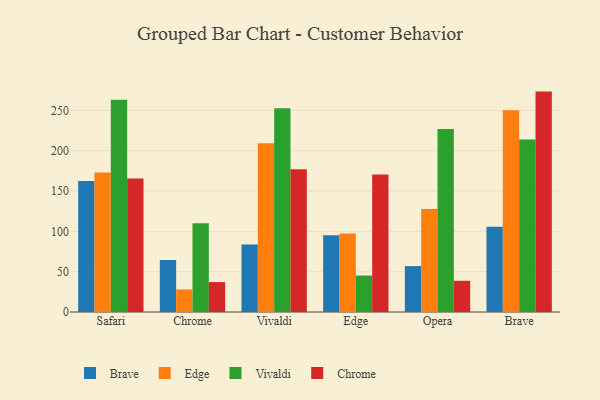
{"axis": {"x": "Browser", "y": "Website Visitors"}, "legend": ["Brave", "Chrome", "Edge", "Vivaldi"], "data": [{"x": "Safari", "y": 162.3, "type": "Brave"}, {"x": "Safari", "y": 173.1, "type": "Edge"}, {"x": "Safari", "y": 263.1, "type": "Vivaldi"}, {"x": "Safari", "y": 165.4, "type": "Chrome"}, {"x": "Chrome", "y": 64.4, "type": "Brave"}, {"x": "Chrome", "y": 28.0, "type": "Edge"}, {"x": "Chrome", "y": 110.0, "type": "Vivaldi"}, {"x": "Chrome", "y": 37.1, "type": "Chrome"}, {"x": "Vivaldi", "y": 83.8, "type": "Brave"}, {"x": "Vivaldi", "y": 209.1, "type": "Edge"}, {"x": "Vivaldi", "y": 252.7, "type": "Vivaldi"}, {"x": "Vivaldi", "y": 176.9, "type": "Chrome"}, {"x": "Edge", "y": 95.3, "type": "Brave"}, {"x": "Edge", "y": 97.3, "type": "Edge"}, {"x": "Edge", "y": 45.2, "type": "Vivaldi"}, {"x": "Edge", "y": 170.6, "type": "Chrome"}, {"x": "Opera", "y": 56.9, "type": "Brave"}, {"x": "Opera", "y": 127.7, "type": "Edge"}, {"x": "Opera", "y": 226.9, "type": "Vivaldi"}, {"x": "Opera", "y": 38.7, "type": "Chrome"}, {"x": "Brave", "y": 105.8, "type": "Brave"}, {"x": "Brave", "y": 250.2, "type": "Edge"}, {"x": "Brave", "y": 213.8, "type": "Vivaldi"}, {"x": "Brave", "y": 273.3, "type": "Chrome"}]}